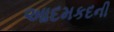
આદમકદની